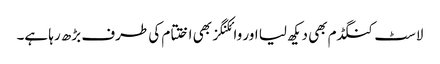
لاسٹ کنگڈم بھی دیکھ لیا اور وائکنگز بھی اختتام کی طرف بڑھ رہا ہے۔